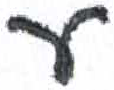
אות: ע